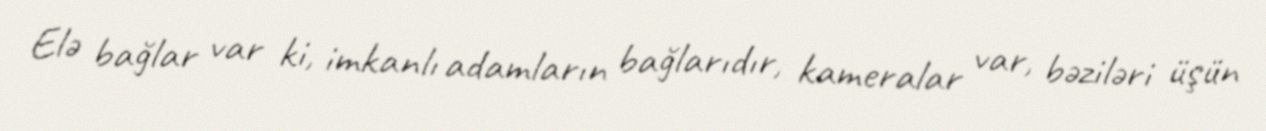
Elə bağlar var ki, imkanlı adamların bağlarıdır, kameralar var, bəziləri üşün